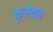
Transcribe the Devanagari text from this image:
कुऱ्हेकर